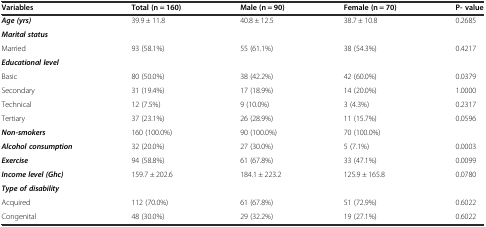
<table><thead><tr><td><b>Variables</b></td><td><b>Total (n = 160)</b></td><td><b>Male (n = 90)</b></td><td><b>Female (n = 70)</b></td><td><b>P- value</b></td></tr></thead><tbody><tr><td><b><i>Age (yrs)</i></b></td><td>39.9 ± 11.8</td><td>40.8 ± 12.5</td><td>38.7 ± 10.8</td><td>0.2685</td></tr><tr><td><b><i>Marital status</i></b></td><td></td><td></td><td></td><td></td></tr><tr><td>Married</td><td>93 (58.1%)</td><td>55 (61.1%)</td><td>38 (54.3%)</td><td>0.4217</td></tr><tr><td><b><i>Educational level</i></b></td><td></td><td></td><td></td><td></td></tr><tr><td>Basic</td><td>80 (50.0%)</td><td>38 (42.2%)</td><td>42 (60.0%)</td><td>0.0379</td></tr><tr><td>Secondary</td><td>31 (19.4%)</td><td>17 (18.9%)</td><td>14 (20.0%)</td><td>1.0000</td></tr><tr><td>Technical</td><td>12 (7.5%)</td><td>9 (10.0%)</td><td>3 (4.3%)</td><td>0.2317</td></tr><tr><td>Tertiary</td><td>37 (23.1%)</td><td>26 (28.9%)</td><td>11 (15.7%)</td><td>0.0596</td></tr><tr><td><b><i>Non-smokers</i></b></td><td>160 (100.0%)</td><td>90 (100.0%)</td><td>70 (100.0%)</td><td></td></tr><tr><td><b><i>Alcohol consumption</i></b></td><td>32 (20.0%)</td><td>27 (30.0%)</td><td>5 (7.1%)</td><td>0.0003</td></tr><tr><td><b><i>Exercise</i></b></td><td>94 (58.8%)</td><td>61 (67.8%)</td><td>33 (47.1%)</td><td>0.0099</td></tr><tr><td><b><i>Income level (Ghc)</i></b></td><td>159.7 ± 202.6</td><td>184.1 ± 223.2</td><td>125.9 ± 165.8</td><td>0.0780</td></tr><tr><td><b><i>Type of disability</i></b></td><td></td><td></td><td></td><td></td></tr><tr><td>Acquired</td><td>112 (70.0%)</td><td>61 (67.8%)</td><td>51 (72.9%)</td><td>0.6022</td></tr><tr><td>Congenital</td><td>48 (30.0%)</td><td>29 (32.2%)</td><td>19 (27.1%)</td><td>0.6022</td></tr></tbody></table>